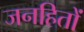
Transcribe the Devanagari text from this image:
जनहितों